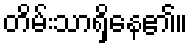
တိမ်းသာရှိနေ၏။